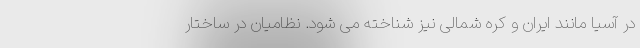
در آسیا مانند ایران و کره شمالی نیز شناخته می شود. نظامیان در ساختار